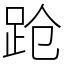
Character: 跄